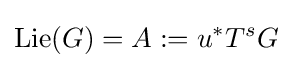
\mathrm {Lie} (G)=A:=u^{*}T^{s}G